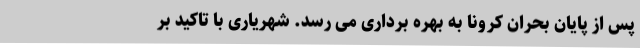
پس از پایان بحران کرونا به بهره برداری می رسد. شهریاری با تاکید بر